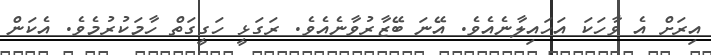
އިރަށް އެ ވާހަކަ އަހައިލާނެއެވެ. އޭނަ ބޭޒާރުވާނެއެވެ. ރަގަޅީ ހަގީގަތް ހާމަކުރުމެވެ. އެކަން